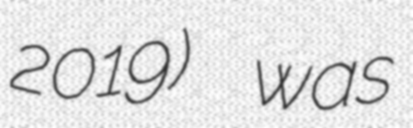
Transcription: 2019) was